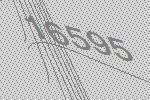
16595